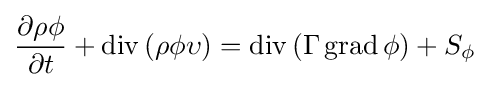
{\frac {\partial \rho \phi }{\partial t}}+\operatorname {div} \left(\rho \phi \upsilon \right)=\operatorname {div} \left(\Gamma \operatorname {grad} \phi \right)+S_{\phi }